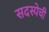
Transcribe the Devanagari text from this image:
सदस्येची